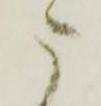
に